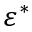
\varepsilon ^ { * }